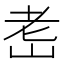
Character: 𦒴